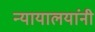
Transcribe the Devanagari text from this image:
न्यायालयांनी